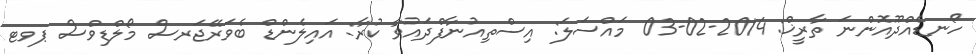
ހޯނޑެއްދޫއޮންނަ ތާރީޚް: 2014-02-03 މައްސަލަ: އިސްތިއުނާފްދައުވާ ކުރާ: އައިލެންޑް ބެވަރޭޖަރސް މޯލްޑިވްސް ޕވޓ